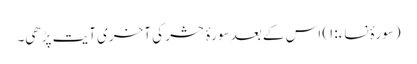
(سورۂ نساء:۱) اس کے بعد سورۂ حشر کی آخری آیت پڑھی۔